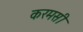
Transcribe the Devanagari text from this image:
करमसी